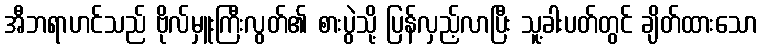
အီဘရာဟင်သည် ဗိုလ်မှူးကြီးလွတ်၏ စားပွဲသို့ ပြန်လှည့်လာပြီး သူ့ခါးပတ်တွင် ချိတ်ထားသော